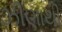
ઝીણાથી